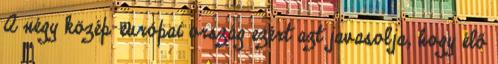
A négy közép-európai ország ezért azt javasolja, hogy élő